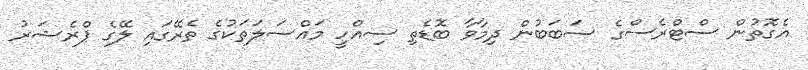
އެގޮތުން ސްޓްރެސްގެ ސަބަބުން ދިމާވާ ބޮޑެތި ސިއްހީ މައްސަލަތަކުގެ ތެރޭގައި ލޭގެ ޕްރެޝަރު